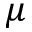
\mu